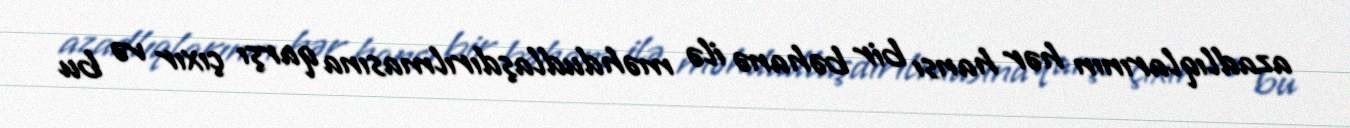
azadlıqlarının hər hansı bir bəhanə ilə məhdudlaşdırılmasına qarşı çıxır və bu